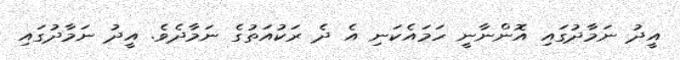
އީދު ނަމާދުގައި އޮންނާނީ ހަމައެކަނި އެ ދެ ރަކުއަތުގެ ނަމާދެވެ. އީދު ނަމާދުގައި